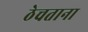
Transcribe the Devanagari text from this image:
ठेचताना